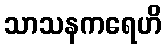
သာသနကရေဟိ